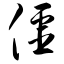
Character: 僵